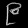
Digit: ၉